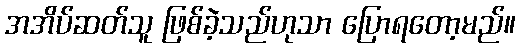
အအိပ်ဆတ်သူ ဖြစ်ခဲ့သည်ဟုသာ ပြောရတော့မည်။